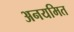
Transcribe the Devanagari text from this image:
अनयमित